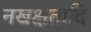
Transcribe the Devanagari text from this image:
नखक्षतादि